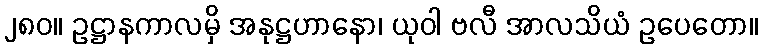
၂၈၀။ ဥဋ္ဌာနကာလမှိ အနုဋ္ဌဟာနော၊ ယုဝါ ဗလီ အာလသိယံ ဥပေတော။